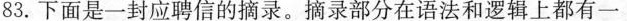
83.下面是一封应聘信的摘录。摘录部分在语法和逻辑上都有一